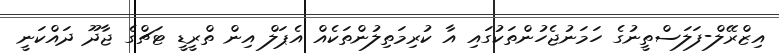
އިޒްރޭލް-ފަލަސްތީނުގެ ހަމަނުޖެހުންތަކުގައި އާ ކުރިމަތިލުންތަކެއް އެޕަލް އިން ތްރީޑީ ޓަޗްގެ ޖާދޫ ދައްކަނީ